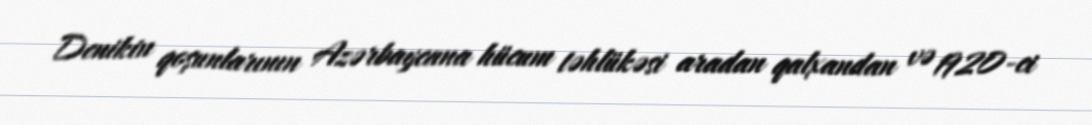
Denikin qoşunlarının Azərbaycana hücum təhlükəsi aradan qalxandan və 1920-ci